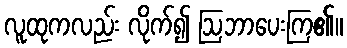
လူထုကလည်း လိုက်၍ ဩဘာပေးကြ၏။